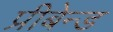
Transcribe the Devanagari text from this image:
प्रीबेन्ड